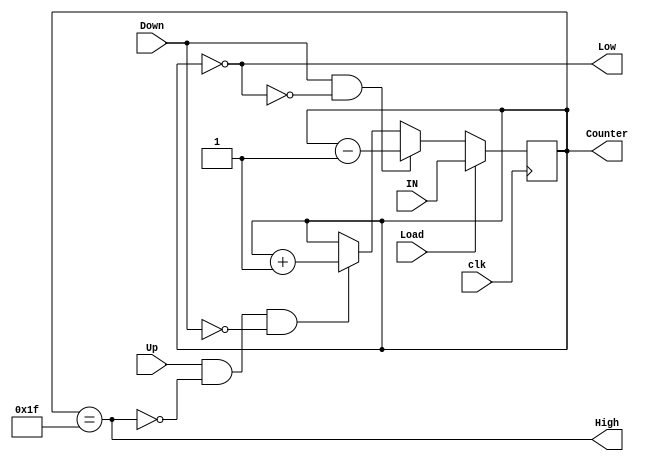
module Up_Dn_Counter ( 
  input   wire  [4:0]     IN,
  input   wire            Load, Up, Down,
  input   wire            clk,
  output  reg   [4:0]     Counter,
  output  wire            High, Low 
  );
  
  
// Internal Signals
  reg [4:0]   Counter_comb ;
  
  
  
// Assign Counter Comb logic to Counter register  
  always @ (posedge clk)
    begin
      Counter <= Counter_comb ;    
    end
  
// Counter behaviour function   
  always @ (*)
   begin
     if (Load)
       begin
         Counter_comb = IN ;
       end
     else if (Down && !Low)
       begin
         Counter_comb = Counter - 5'b1;
       end
     else if (Up && !High && !Down)
       begin
         Counter_comb = Counter + 5'b1;
       end
     else 
       begin
         Counter_comb = Counter ;          // to avoid latch
       end
   end
  
// Down flag
  assign Low = (Counter == 5'b0);
  
// Up flag
  assign High = (Counter == 5'b11111);
  
endmodule